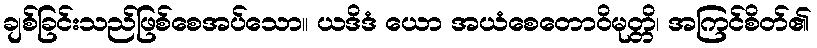
ချစ်ခြင်းသည်ဖြစ်စေအပ်သော။ ယဒိဒံ ယော အယံစေတောဝိမုတ္တိ၊ အကြင်စိတ်၏